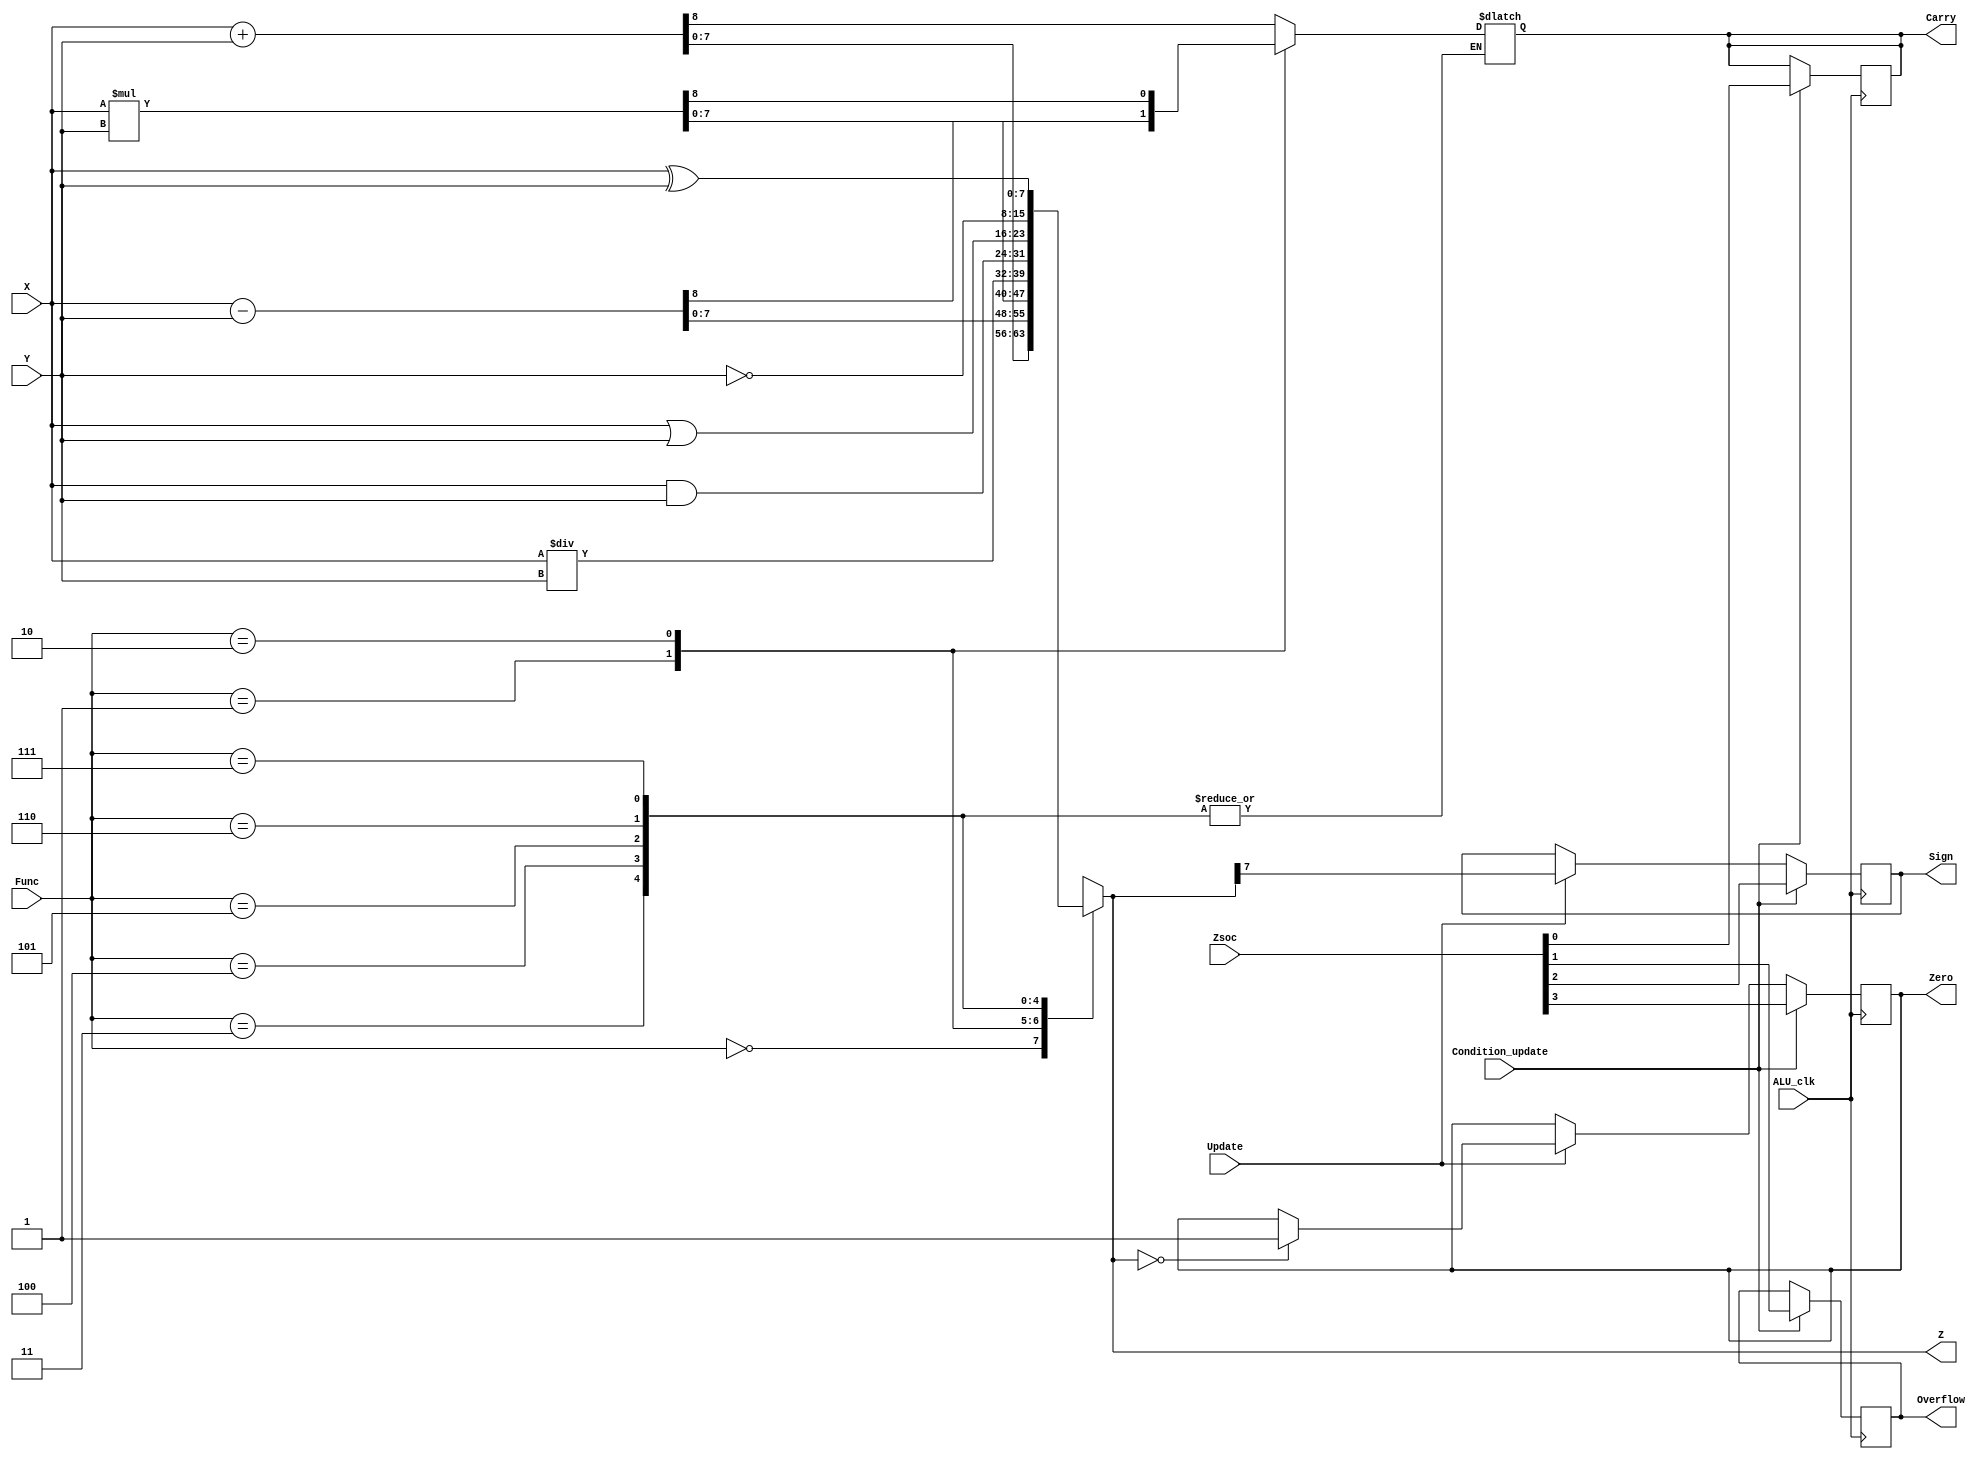
module ALU(X,Y,Z,Func, Zero, Sign, Overflow, Carry, ALU_clk, Update, Zsoc,Condition_update
    );
	 input[7:0] X;
	 input[7:0] Y;
	 output[7:0] Z;
	 input[2:0] Func;
	 input ALU_clk, Update,Condition_update;
	 output Zero, Sign, Overflow, Carry;
	 input[7:0] Zsoc;  
	 reg[7:0] Z;
	 
	 reg Sign,Carry;
	 reg Zero = 1'b0;
	 reg Overflow =1'b0;
	 
	 always @(X or Y or Func)
	 begin
		case(Func)
		3'b000 : {Carry,Z} = X + Y;
		3'b001 : {Carry,Z} = X - Y;
		3'b010 : {Carry,Z} = X * Y;
		3'b011 : Z = X / Y;
		3'b100 : Z = X & Y;
		3'b101 : Z = X | Y;
		3'b110 : Z = ~Y;
		3'b111 : Z = X ^ Y;
		endcase

	end
	always @(posedge ALU_clk)
	begin
		if(Update == 1'b1)
		begin
			Sign = Z[7];
			if( Z == 8'b00000000 )
					Zero = 1;
		end
		if(Condition_update == 1'b1)
		begin
			Zero = Zsoc[3];
			Sign = Zsoc[2];
			Overflow = Zsoc[1];
			Carry = Zsoc[0];
		end	
	end			
	

endmodule